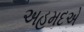
અહમદએ